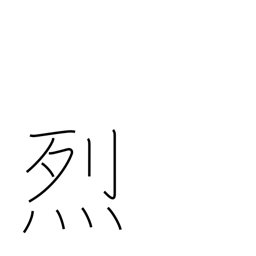
Meaning: violent